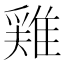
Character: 𨿸